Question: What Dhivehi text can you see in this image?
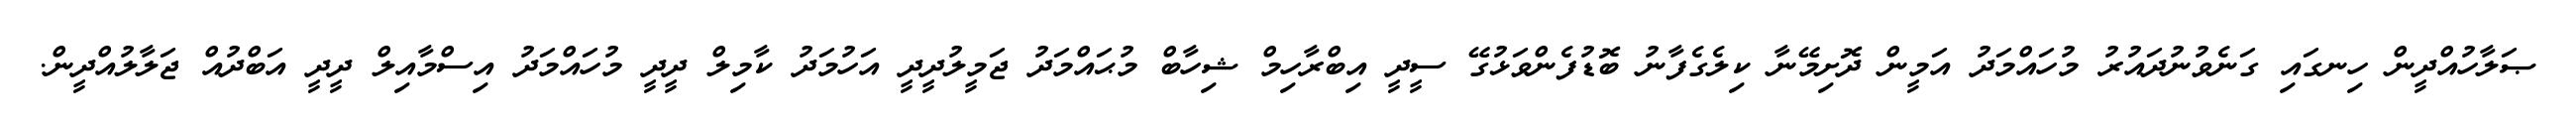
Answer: ޞަލާހުއްދީން ހިނގައި ގަނެވުނުދައުރު މުހައްމަދު އަމީން ދޮށިމޭނާ ކިލެގެފާނު ބޮޑުފެންވަޅުގޭ ސީދީ އިބްރާހިމް ޝިހާބް މުޙައްމަދު ޖަމީލުދީދީ އަހުމަދު ކާމިލް ދީދީ މުހައްމަދު އިސްމާއިލް ދީދީ އަބްދުއް ޖަލާލުއްދީން.